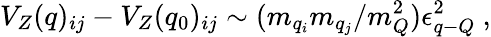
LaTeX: V_{Z}(q)_{ij}-V_{Z}(q_{0})_{ij}\sim(m_{q_{i}}m_{q_{j}}/m_{Q}^{2})\epsilon_{q{\mathrm{-}}Q}^{2}~,